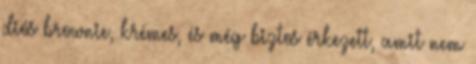
diós brownie, krémes, és még biztos érkezett, amit nem